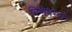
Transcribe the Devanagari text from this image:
विशेषग्यों